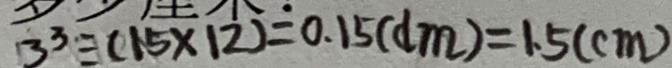
3 ^ { 3 } = ( 1 5 \times 1 2 ) = 0 . 1 5 ( d m ) = 1 . 5 ( c m )